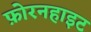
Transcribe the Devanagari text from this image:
फ़ोरनहाइट